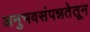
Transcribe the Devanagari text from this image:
अनुभवसंपन्नतेतून